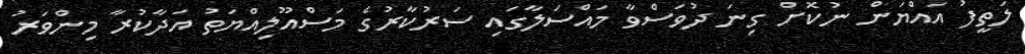
ލަތީފު އައްޔަން ނުކޮށް ގިނަ ދުވަސްވާ މައްސަލާގައި ސަރުކާރުގެ މަސްއޫލިއްޔަތު އަދާކުރާ މިންވަރު